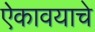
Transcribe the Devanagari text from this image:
ऐकावयाचे